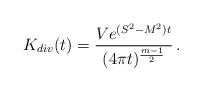
\begin{align*}K_{div}(t)=\frac{Ve^{(S^2-M^2)t}}{(4\pi t)^{\frac{m-1}2}}\,.\end{align*}